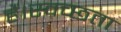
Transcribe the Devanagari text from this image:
हैं।स्वच्छता